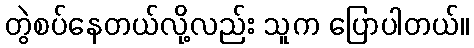
တွဲစပ်နေတယ်လို့လည်း သူက ပြောပါတယ်။